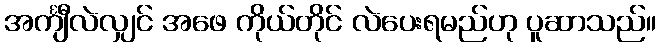
အင်္ကျီလဲလျှင် အဖေ ကိုယ်တိုင် လဲပေးရမည်ဟု ပူဆာသည်။